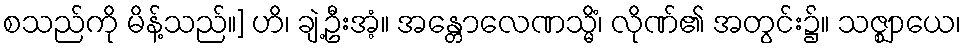
စသည်ကို မိန့်သည်။] ဟိ၊ ချဲ့ဦးအံ့။ အန္တောလေဏသ္မိံ၊ လိုဏ်၏ အတွင်း၌။ သဇ္ဈာယေ၊